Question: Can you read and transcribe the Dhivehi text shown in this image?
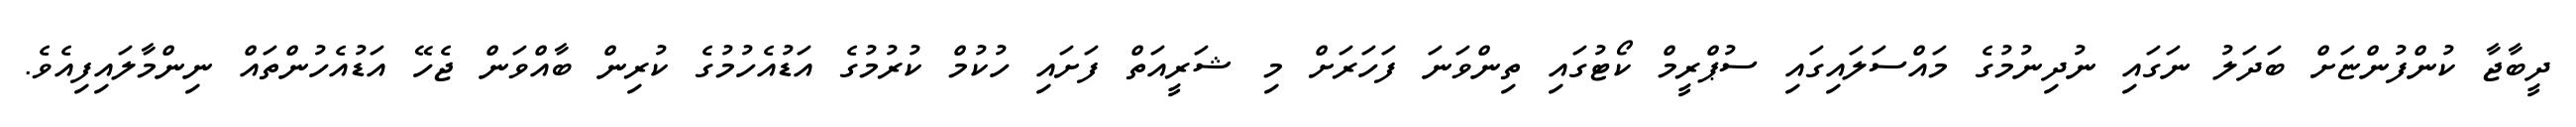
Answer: ދީބާޖާ ކުންފުންޏަށް ބަދަލު ނަގައި ނުދިނުމުގެ މައްސަލައިގައި ސުޕްރީމް ކޯޓުގައި ތިންވަނަ ފަހަރަށް މި ޝަރީއަތް ފަށައި ހުކުމް ކުރުމުގެ އަޑުއެހުމުގެ ކުރިން ބާއްވަން ޖެހޭ އަޑުއެހުންތައް ނިންމާލައިފިއެވެ.